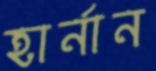
হার্নান